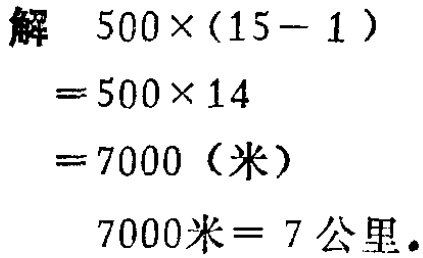
解

\[

\begin{align*}

&500\times(15 - 1)\\

=&500\times14\\

=&7000 \text{（米）}\\

\end{align*}

\]

\(7000\text{米}= 7\text{公里}\)